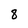
Character: 8